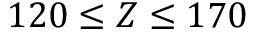
1 2 0 \leq Z \leq 1 7 0